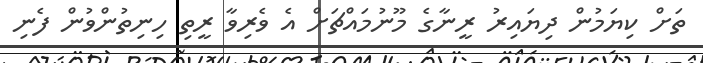
ތަށް ކިޔަމުން ދިޔައިރު ރީނާގެ މޫނުމައްޗަށް އެ ވެރިވާ ރީތި ހިނިތުންވުން ފެނި